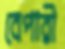
বেপারী